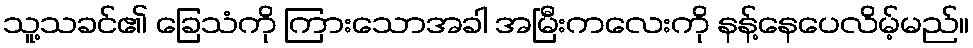
သူ့သခင်၏ ခြေသံကို ကြားသောအခါ အမြီးကလေးကို နန့်နေပေလိမ့်မည်။